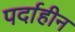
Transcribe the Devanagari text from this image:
पर्दाहीन